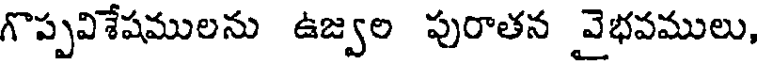
గొప్పవిశేషములను ఉజ్వల పురాతన వైభవములు,